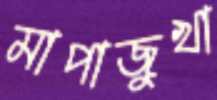
মাপাজুখা